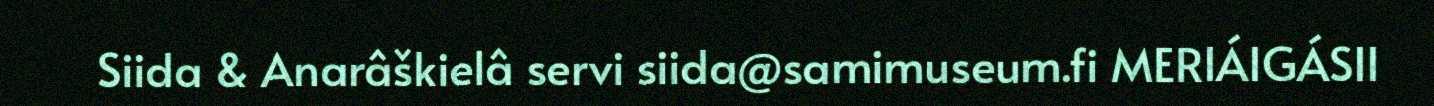
Siida & Anarâškielâ servi siida@samimuseum.fi MERIÁIGÁSII